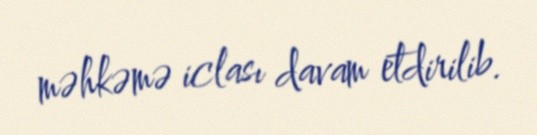
məhkəmə iclası davam etdirilib.